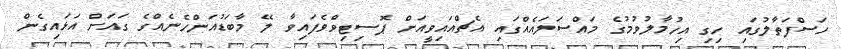
ހަސްފަތާލުގައި ހިގި އިހުމާލުވުމުގެ މައްސަލައެއްގައި އެޗްއައިވީއަށް ޕޮސިޓިވްވެފައިވާ ލޭ މާބަޑުއަންހެނެއްގެ ގައަށް އަޅައިގެން